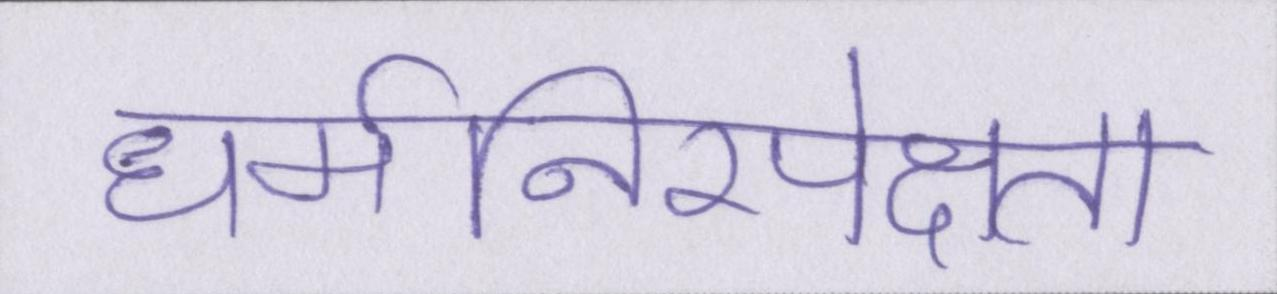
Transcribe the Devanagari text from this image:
धर्मनिरपेक्षता